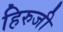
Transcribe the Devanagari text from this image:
हिरुजी